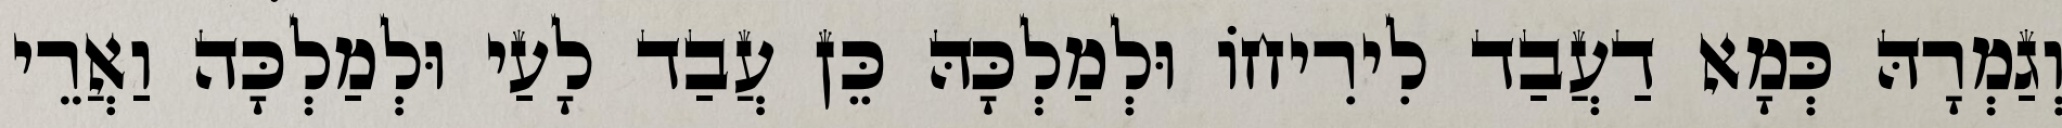
וְגַמְרָהּ כְּמָא דַעֲבַד לִירִיחוֹ וּלְמַלְכָּהּ כֵּן עֲבַד לָעַי וּלְמַלְכָּה וַאֲרֵי